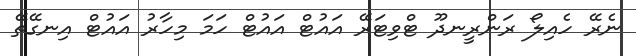
ނެރޭ ހެއިލޯ ރަންރީނދޫ ޓްވިޓަރޭ އައުޓް އައުޓް ހަމަ މިހާރު އައުޓް އިނގޭތޭ